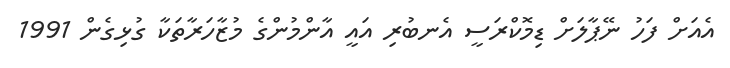
އެއަށް ފަހު ނޭޕާލަށް ޑިމޮކްރަސީ އެނބުރި އައީ އާންމުންގެ މުޒާހަރާތަކާ ގުޅިގެން 1991